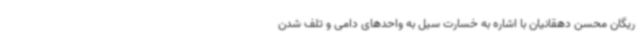
ریگان محسن دهقانیان با اشاره به خسارت سیل به واحدهای دامی و تلف شدن